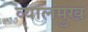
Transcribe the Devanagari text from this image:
व्यालमुख